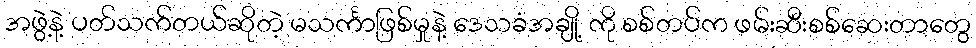
အဖွဲ့နဲ့ ပတ်သက်တယ်ဆိုတဲ့ မသင်္ကာဖြစ်မှုနဲ့ ဒေသခံအချို့ ကို စစ်တပ်က ဖမ်းဆီးစစ်ဆေးတာတွေ